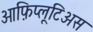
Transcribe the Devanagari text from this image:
ओफ़िप्लूटिअस